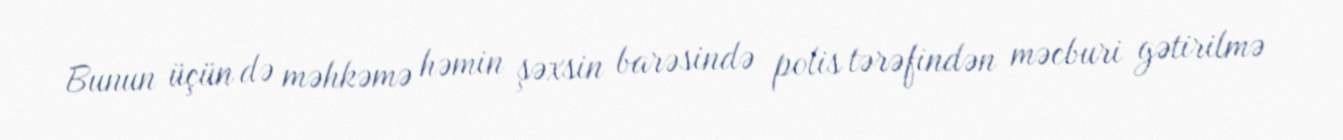
Bunun üçün də məhkəmə həmin şəxsin barəsində polis tərəfindən məcburi gətirilmə